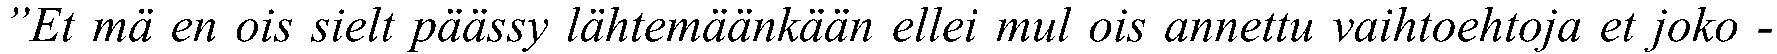
”Et mä en ois sielt päässy lähtemäänkään ellei mul ois annettu vaihtoehtoja et joko -